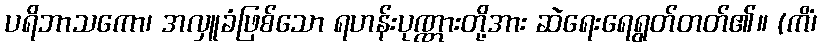
ပရိဘာသကော၊ အလှူခံဖြစ်သော ရဟန်းပုဏ္ဏားတို့အား ဆဲရေးရေရွတ်တတ်၏။ (ကိံ၊